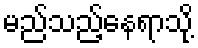
မည်သည့်နေရာသို့